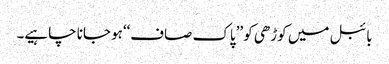
بائبل میں کوڑھی کو ’’پاک صاف‘‘ہو جانا چاہیے۔